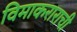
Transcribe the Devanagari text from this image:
विमाकराराची